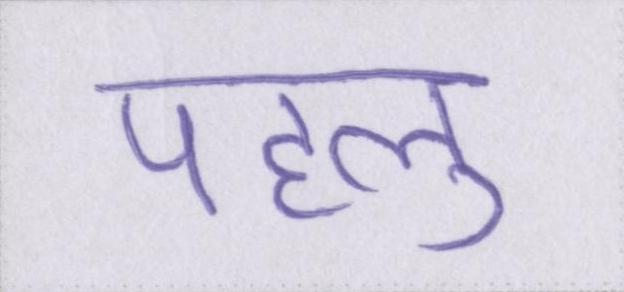
पहलु